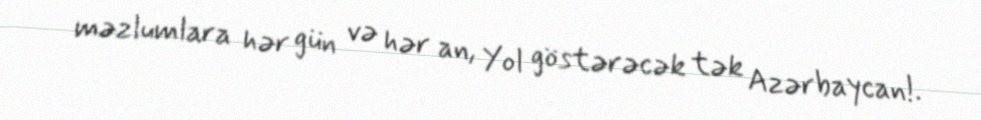
məzlumlara hər gün və hər an, Yol göstərəcək tək Azərbaycan!.